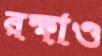
রক্ষাও